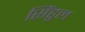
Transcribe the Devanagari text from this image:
सिंहुल